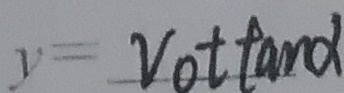
y = v _ { 0 } t \tan \alpha